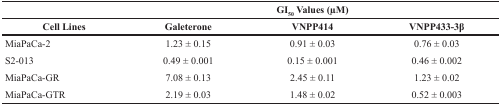
|  | <COLSPAN=3> GI50 Values (μM) |
 | Cell Lines | Galeterone | VNPP414 | VNPP433-3β |
 | --- | --- | --- | --- |
 | MiaPaCa-2 | 1.23 ± 0.15 | 0.91 ± 0.03 | 0.76 ± 0.03 |
 | S2-013 | 0.49 ± 0.001 | 0.15 ± 0.001 | 0.46 ± 0.002 |
 | MiaPaCa-GR | 7.08 ± 0.13 | 2.45 ± 0.11 | 1.23 ± 0.02 |
 | MiaPaCa-GTR | 2.19 ± 0.03 | 1.48 ± 0.02 | 0.52 ± 0.003 |